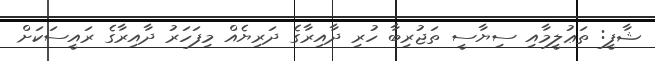
ޝާފީ: ތަޢުލީމާއި ސިޔާސީ ތަޖުރިބާ ހުރި ދާއިރާގެ ދަރިޔެއް މިފަހަރު ދާއިރާގެ ރައީސަކަށް